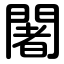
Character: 闍